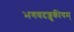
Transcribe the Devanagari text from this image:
भगवदज्जुकीयम्‌